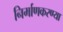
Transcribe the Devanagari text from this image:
निर्माणकरण्या